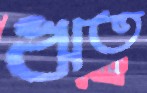
ঋত